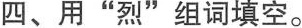
四、用”烈”组词填空。